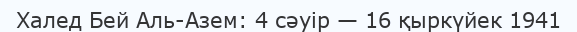
Халед Бей Аль-Азем: 4 сәуір — 16 қыркүйек 1941